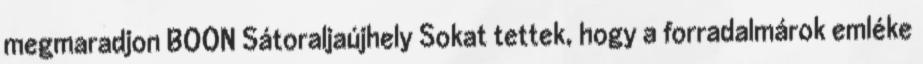
megmaradjon BOON Sátoraljaújhely Sokat tettek, hogy a forradalmárok emléke